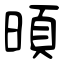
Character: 暊